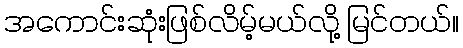
အကောင်းဆုံးဖြစ်လိမ့်မယ်လို့ မြင်တယ်။